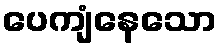
ပေကျံနေသော